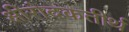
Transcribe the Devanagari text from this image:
क्षीरोदकतीर्थ